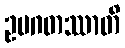
ဥပဂတဿာတိ